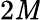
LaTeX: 2\mathit{M}